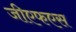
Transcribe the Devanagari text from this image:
जीएफएस